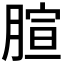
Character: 𦝻